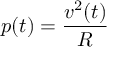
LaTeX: p ( t ) = { \frac { v ^ { 2 } ( t ) } { R } }